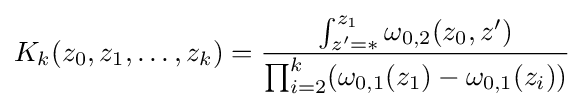
K_{k}(z_{0},z_{1},\dots ,z_{k})={\frac {\int _{z'=*}^{z_{1}}\omega _{0,2}(z_{0},z')}{\prod _{i=2}^{k}(\omega _{0,1}(z_{1})-\omega _{0,1}(z_{i}))}}